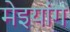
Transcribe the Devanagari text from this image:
मेइयांग